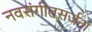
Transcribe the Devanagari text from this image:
नवसंगीतसर्जना